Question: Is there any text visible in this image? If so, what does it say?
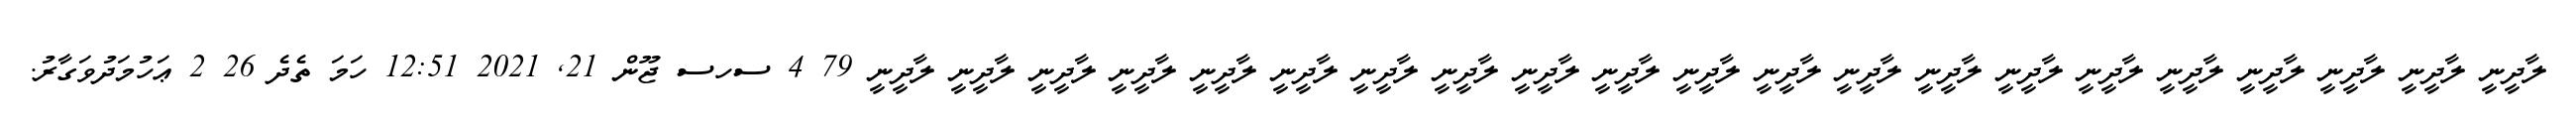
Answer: ލާދީނީ ލާދީނީ ލާދީނީ ލާދީނީ ލާދީނީ ލާދީނީ ލާދީނީ ލާދީނީ ލާދީނީ ލާދީނީ ލާދީނީ ލާދީނީ ލާދީނީ ލާދީނީ ލާދީނީ ލާދީނީ ލާދީނީ ލާދީނީ ލާދީނީ ލާދީނީ ލާދީނީ 79 4 ސހސ ޖޫން 21, 2021 12:51 ހަމަ ތެދެ 26 2 ޢަހުމަދުވަގާރު.